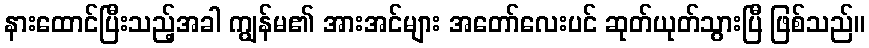
နားထောင်ပြီးသည့်အခါ ကျွန်မ၏ အားအင်များ အတော်လေးပင် ဆုတ်ယုတ်သွားပြီ ဖြစ်သည်။